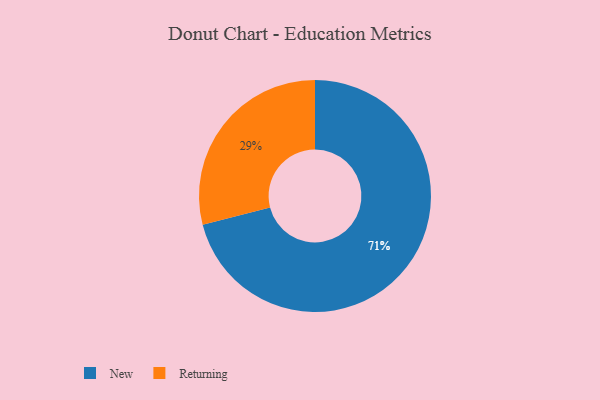
{"axis": {"x": "Category", "y": "Percentage"}, "legend": ["New", "Returning"], "data": [{"x": "Returning", "y": 29, "type": "Returning"}, {"x": "New", "y": 71, "type": "New"}]}